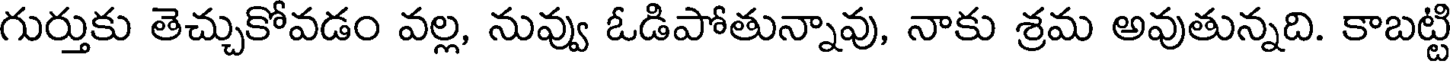
గుర్తుకు తెచ్చుకోవడం వల్ల, నువ్వు ఓడిపోతున్నావు, నాకు శ్రమ అవుతున్నది. కాబట్టి